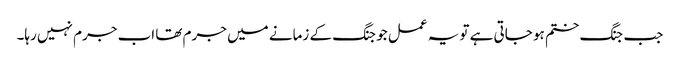
جب جنگ ختم ہو جاتی ہے تو یہ عمل جو جنگ کے زمانے میں جرم تھا اب جرم نہیں رہا۔